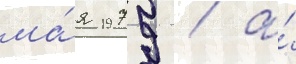
ма́я 1979 / а́